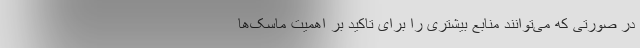
در صورتی که می‌توانند منابع بیشتری را برای تاکید بر اهمیت ماسک‌ها